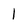
Character: l